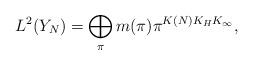
LaTeX: \begin{align*}L^2(Y_N)=\bigoplus_\pi m(\pi)\pi^{K(N)K_HK_\infty},\end{align*}